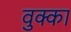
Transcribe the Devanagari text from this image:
वुक्का